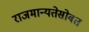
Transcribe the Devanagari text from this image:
राजमान्यतेसोबत